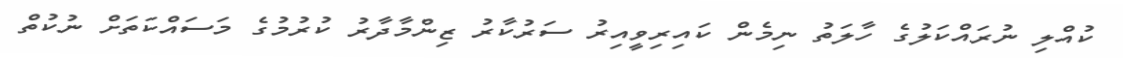
ކުއްލި ނުރައްކަލުގެ ހާލަތު ނިމެން ކައިރިވީއިރު ސަރުކާރު ޒިންމާދާރު ކުރުމުގެ މަސައްކަތަށް ނުކުތް